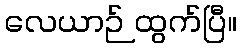
လေယာဉ် ထွက်ပြီ။